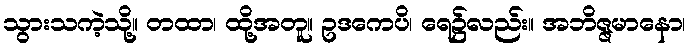
သွားသကဲ့သို့။ တထာ၊ ထို့အတူ။ ဥဒကေပိ၊ ရေ၌လည်း။ အဘိဇ္ဇမာနော၊